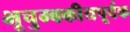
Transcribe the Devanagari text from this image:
भूचुम्बकीयपूर्वक